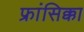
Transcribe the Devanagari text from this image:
फ्रांसिक्का